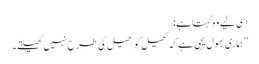
اسی لیے وہ کہتا ہے:
’’ہماری بھول یہی ہے کہ کھیل کو کھیل کی طرح نہیں کھیلتے۔